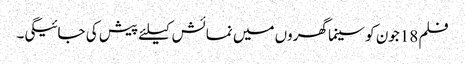
فلم 18جون کو سینما گھروں میں نمائش کیلئے پیش کی جائیگی۔